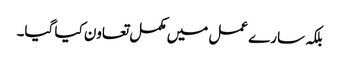
بلکہ سارے عمل میں مکمل تعاون کیا گیا۔